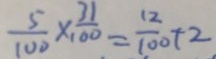
\frac { 5 } { 1 0 0 } \times \frac { 3 1 } { 1 0 0 } = \frac { 1 2 } { 1 0 0 } + 2